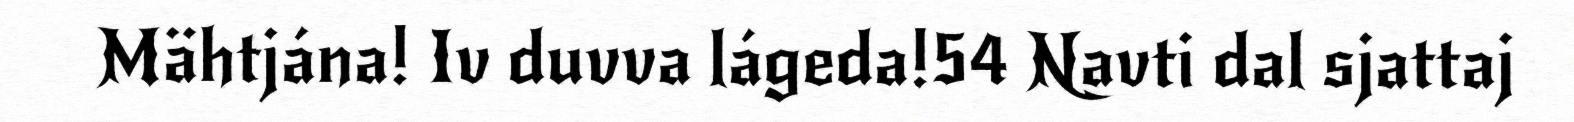
Mähtjána! Iv duvva lágeda!54 Navti dal sjattaj